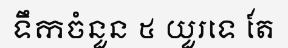
ទឹកចំនួន ៥ យួរទេ តែ